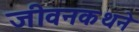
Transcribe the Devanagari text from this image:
जीवनकथने